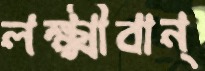
লক্ষ্মীবান্‌